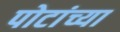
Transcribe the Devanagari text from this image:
पोटांच्या